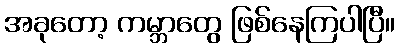
အခုတော့ ကမ္ဘာတွေ ဖြစ်နေကြပါပြီ။